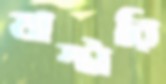
মাস্টারি